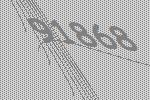
91868